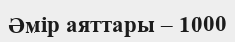
Әмір аяттары – 1000